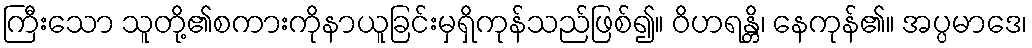
ကြီးသော သူတို့၏စကားကိုနာယူခြင်းမှရှိကုန်သည်ဖြစ်၍။ ဝိဟရန္တိ၊ နေကုန်၏။ အပ္ပမာဒေ၊